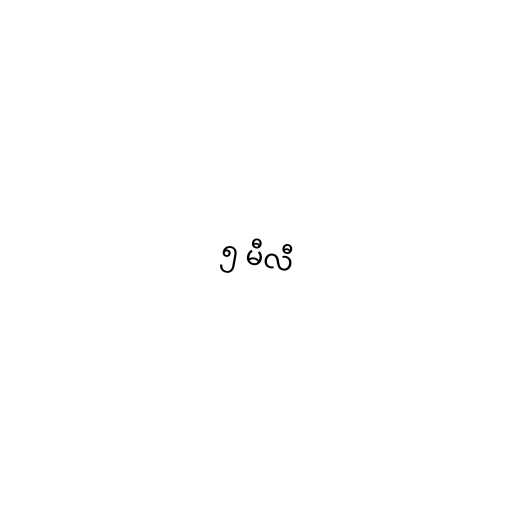
၅ မီလီ